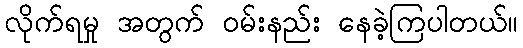
လိုက်ရမှု အတွက် ဝမ်းနည်း နေခဲ့ကြပါတယ်။